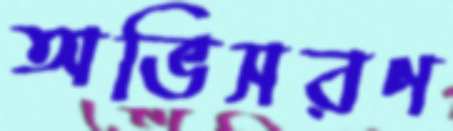
অভিসরণ